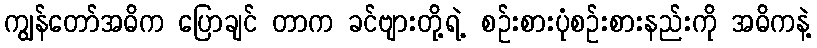
ကျွန်တော်အဓိက ပြောချင် တာက ခင်ဗျားတို့ရဲ့ စဉ်းစားပုံစဉ်းစားနည်းကို အဓိကနဲ့